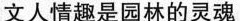
文人情趣是园林的灵魂